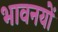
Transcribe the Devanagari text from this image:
भावनयों